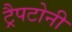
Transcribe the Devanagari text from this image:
ट्रैपटोनी